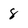
Character: 8